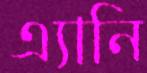
এ্যানি